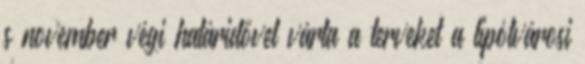
s november végi határidővel várta a terveket a lipótvárosi